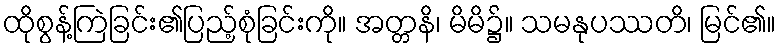
ထိုစွန့်ကြဲခြင်း၏ပြည့်စုံခြင်းကို။ အတ္တနိ၊ မိမိ၌။ သမနုပဿတိ၊ မြင်၏။